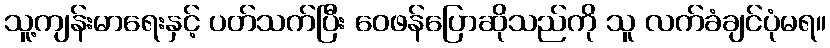
သူ့ကျန်းမာရေးနှင့် ပတ်သက်ပြီး ဝေဖန်ပြောဆိုသည်ကို သူ လက်ခံချင်ပုံမရ။